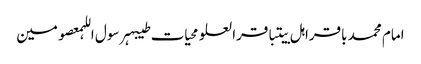
امام محمد باقراہل بیتباقرالعلومحیات طیبہرسول اللہمعصومین